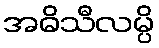
အဓိသီလမ္ပိ